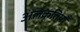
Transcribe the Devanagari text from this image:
अलंकृतियाँ